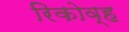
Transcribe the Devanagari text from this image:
रिकोव्ह